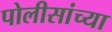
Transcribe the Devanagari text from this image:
पोलीसांच्या